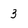
Character: 3